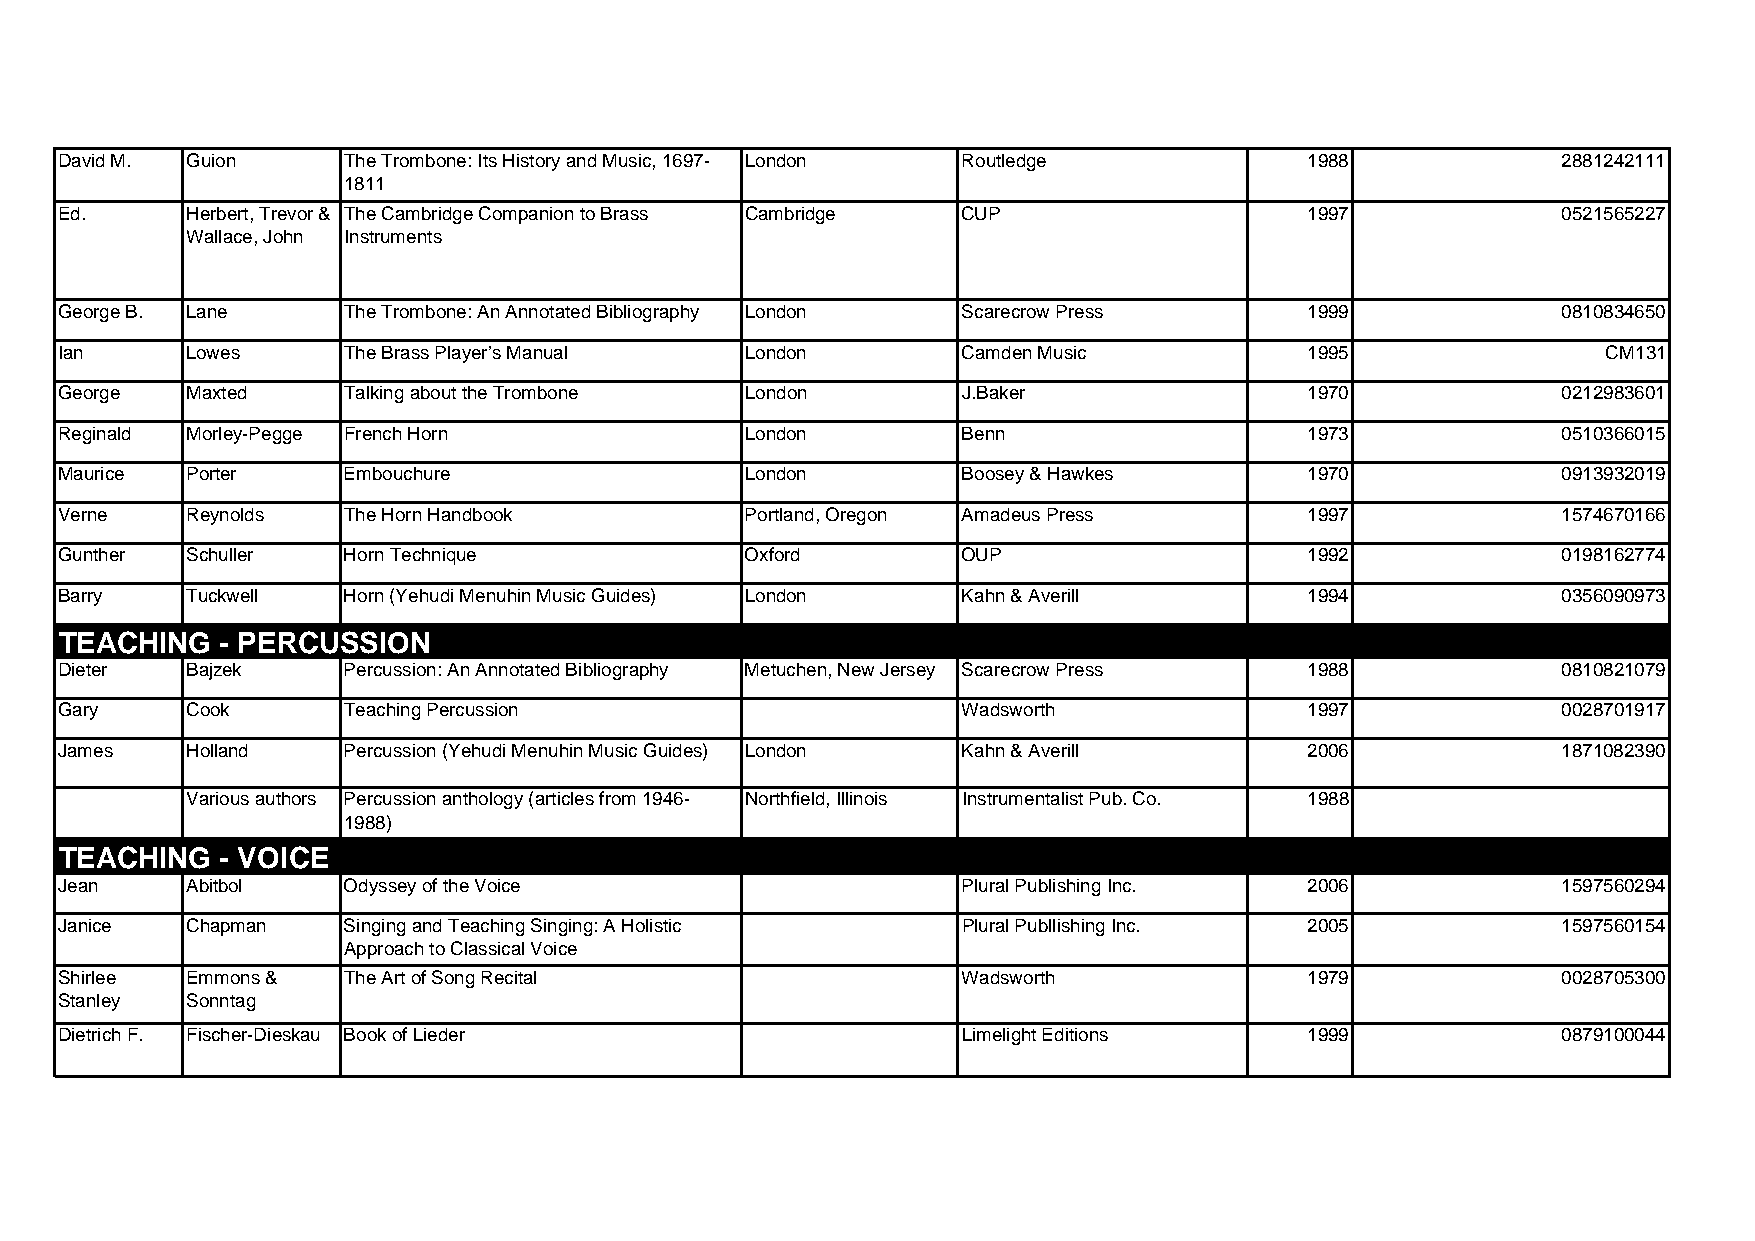
David M. Guion     The Trombone: Its History and Music, 1697- London Routledge     1988            2881242111
 1811
 Ed.     Herbert, Trevor & The Cambridge Companion to Brass Cambridge CUP           1997            0521565227
 Wallace, John Instruments
 George B. Lane     The Trombone: An Annotated Bibliography London Scarecrow Press  1999            0810834650
 Ian     Lowes      The Brass Player’s Manual London         Camden Music           1995               CM131
 George  Maxted     Talking about the Trombone London        J.Baker                1970            0212983601
 Reginald Morley-Pegge French Horn            London         Benn                   1973            0510366015
 Maurice Porter     Embouchure                London         Boosey & Hawkes        1970            0913932019
 Verne   Reynolds   The Horn Handbook         Portland, Oregon Amadeus Press        1997            1574670166
 Gunther Schuller   Horn Technique            Oxford         OUP                    1992            0198162774
 Barry   Tuckwell   Horn (Yehudi Menuhin Music Guides) London Kahn & Averill        1994            0356090973
 TEACHING   - PERCUSSION
 Dieter  Bajzek     Percussion: An Annotated Bibliography Metuchen, New Jersey Scarecrow Press 1988 0810821079
 Gary    Cook       Teaching Percussion                      Wadsworth              1997            0028701917
 James   Holland    Percussion (Yehudi Menuhin Music Guides) London Kahn & Averill  2006            1871082390
 Various authors Percussion anthology (articles from 1946- Northfield, Illinois Instrumentalist Pub. Co. 1988
 1988)
 TEACHING   - VOICE
 Jean    Abitbol    Odyssey of the Voice                     Plural Publishing Inc. 2006            1597560294
 Janice  Chapman    Singing and Teaching Singing: A Holistic Plural Publlishing Inc. 2005           1597560154
 Approach to Classical Voice
 Shirlee Emmons &   The Art of Song Recital                  Wadsworth              1979            0028705300
 Stanley Sonntag
 Dietrich F. Fischer-Dieskau Book of Lieder                  Limelight Editions     1999            0879100044